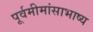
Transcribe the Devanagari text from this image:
पूर्वमीमांसाभाष्य